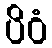
ပိဝံ